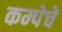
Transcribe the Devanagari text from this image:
कम्पेचे